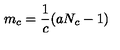
m _ { c } = \frac { 1 } { c } ( a N _ { c } - 1 ) \,